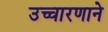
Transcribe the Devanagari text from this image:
उच्चारणाने